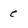
Character: e